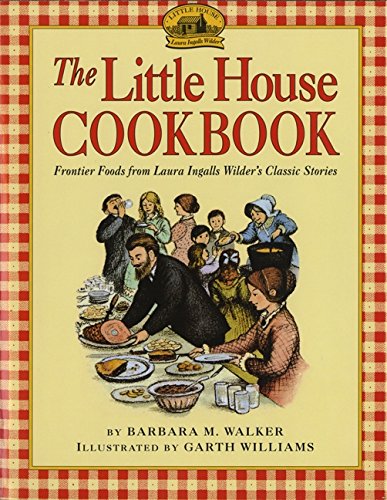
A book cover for The Little House Cookbook: Frontier Foods from Laura Ingalls Wilder's Classic Stories; Barbara M. Walker; Cookbooks, Food & Wine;